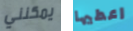
يمكنني اعطيها